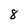
Character: 8